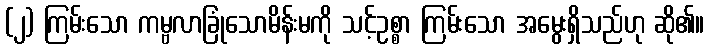
(၂) ကြမ်းသော ကမ္ဗလာခြုံသောမိန်းမကို သင့်ဥစ္စာ ကြမ်းသော အမွေးရှိသည်ဟု ဆို၏။